Annual report of the Punjab Veterinary College and of the Civil Veterinary Department, Punjab - 1926-1932
Year: 1926
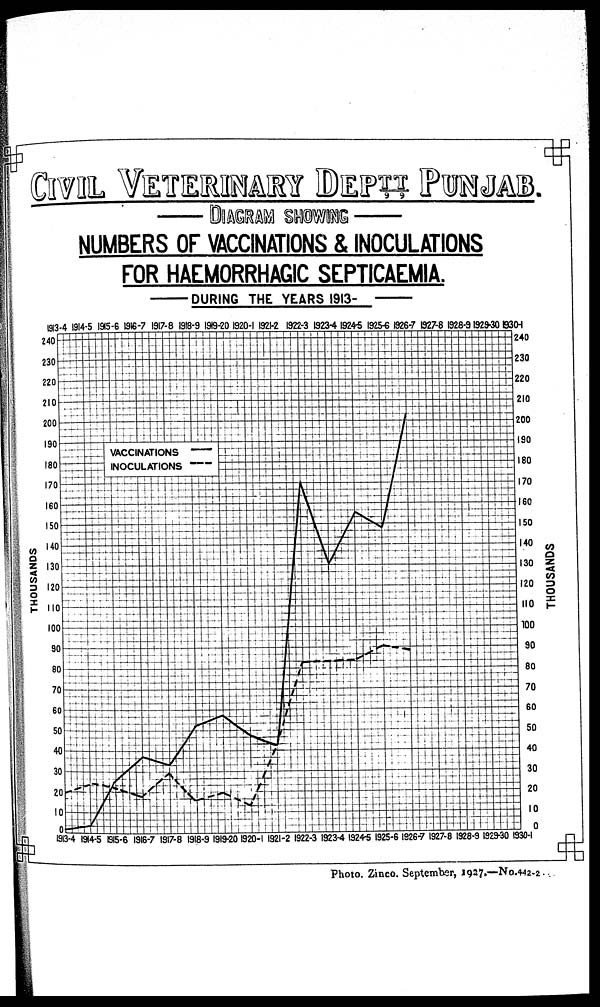
CIVIL VETERINARY DEPTT PUNJA
DIAGRAM SHOWING
NUMBERS OF VACCINATIONS & INOCULATIONS
FOR HAEMORRHAGIC SEPTICAEMIA.
DURING THE YEARS 1913-
Photo. Zinco. September, 1927.—No.442-2.